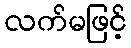
လက်မဖြင့်